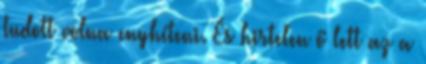
tudott volna enyhíteni. És hirtelen ő lett az a